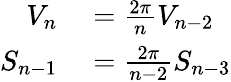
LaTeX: \begin{array}{rl}{V_{n}}&{{}={\frac{2\pi}{n}}V_{n-2}}\\ {S_{n-1}}&{{}={\frac{2\pi}{n-2}}S_{n-3}}\end{array}